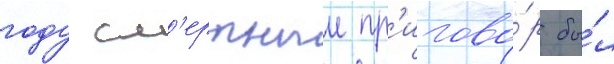
году см'ертныи пр'игово́р бы́л